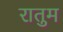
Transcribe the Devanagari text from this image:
रातुम